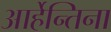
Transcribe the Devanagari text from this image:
आर्हेन्तिना